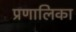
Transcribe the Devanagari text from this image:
प्रणालिका